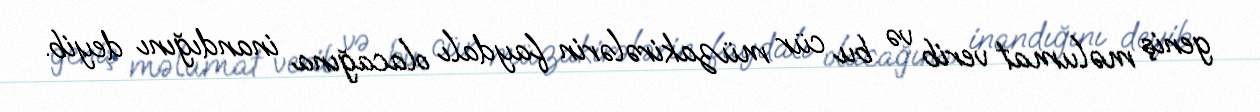
geniş məlumat verib və bu cür müzakirələrin faydalı olacağına inandığını deyib.